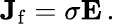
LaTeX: \mathbf{J}_{\mathrm{f}}=\sigma\mathbf{E}\, .